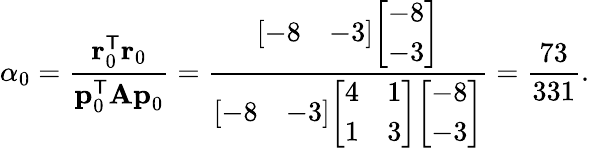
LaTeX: \alpha_{0}={\frac{\mathbf{r}_{0}^{\mathsf{T}}\mathbf{r}_{0}}{\mathbf{p}_{0}^{\mathsf{T}}\mathbf{Ap}_{0}}}={\frac{{\left[\begin{array}{ll}{-8}&{-3}\end{array}\right]}{\left[\begin{array}{l}{-8}\\ {-3}\end{array}\right]}}{{\left[\begin{array}{ll}{-8}&{-3}\end{array}\right]}{\left[\begin{array}{ll}{4}&{1}\\ {1}&{3}\end{array}\right]}{\left[\begin{array}{l}{-8}\\ {-3}\end{array}\right]}}}={\frac{73}{331}}.